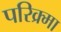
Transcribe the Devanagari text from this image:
परिक्र्मा